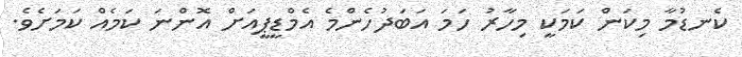
ކެނޑުމާ މިކަން ކަމަކީ މިހާރު ހަމަ އަބަދުހެންމެ އެމްޑީޕީއަށް އޮންނަ ކަމެއް ކަމަށެވެ.